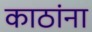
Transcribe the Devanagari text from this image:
काठांना